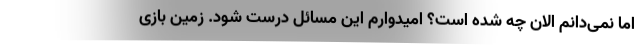
اما نمی‌دانم الان چه شده است؟ امیدوارم این مسائل درست شود. زمین بازی